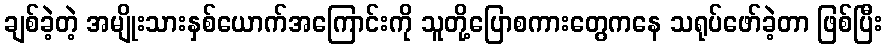
ချစ်ခဲ့တဲ့ အမျိုးသားနှစ်ယောက်အကြောင်းကို သူတို့ပြောစကားတွေကနေ သရုပ်ဖော်ခဲ့တာ ဖြစ်ပြီး